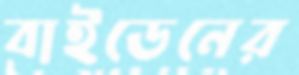
বাইডেনের